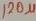
Text: 120µ